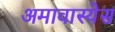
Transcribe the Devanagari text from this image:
अमावास्येस